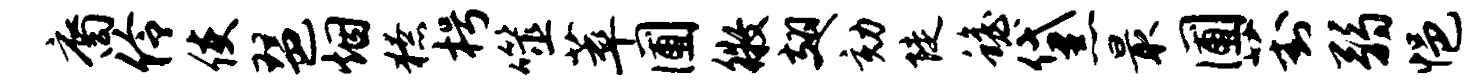
裔伶使琶烟獠枵噬萃圃徵翅劾陡蟾黛最圃葑弱悒